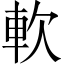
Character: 軟